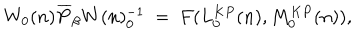
W _ { 0 } ( n ) \overline { { { P } } } _ { \beta } W ( n ) _ { 0 } ^ { - 1 } ~ = ~ F ( L _ { 0 } ^ { K P } ( n ) , M _ { 0 } ^ { K P } ( n ) ) ,